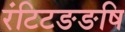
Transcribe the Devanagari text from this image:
रंटिटङङषि